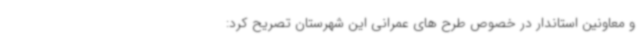
و معاونین استاندار در خصوص طرح های عمرانی این شهرستان تصریح کرد: